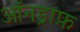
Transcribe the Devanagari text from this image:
ऑनड्राफ़